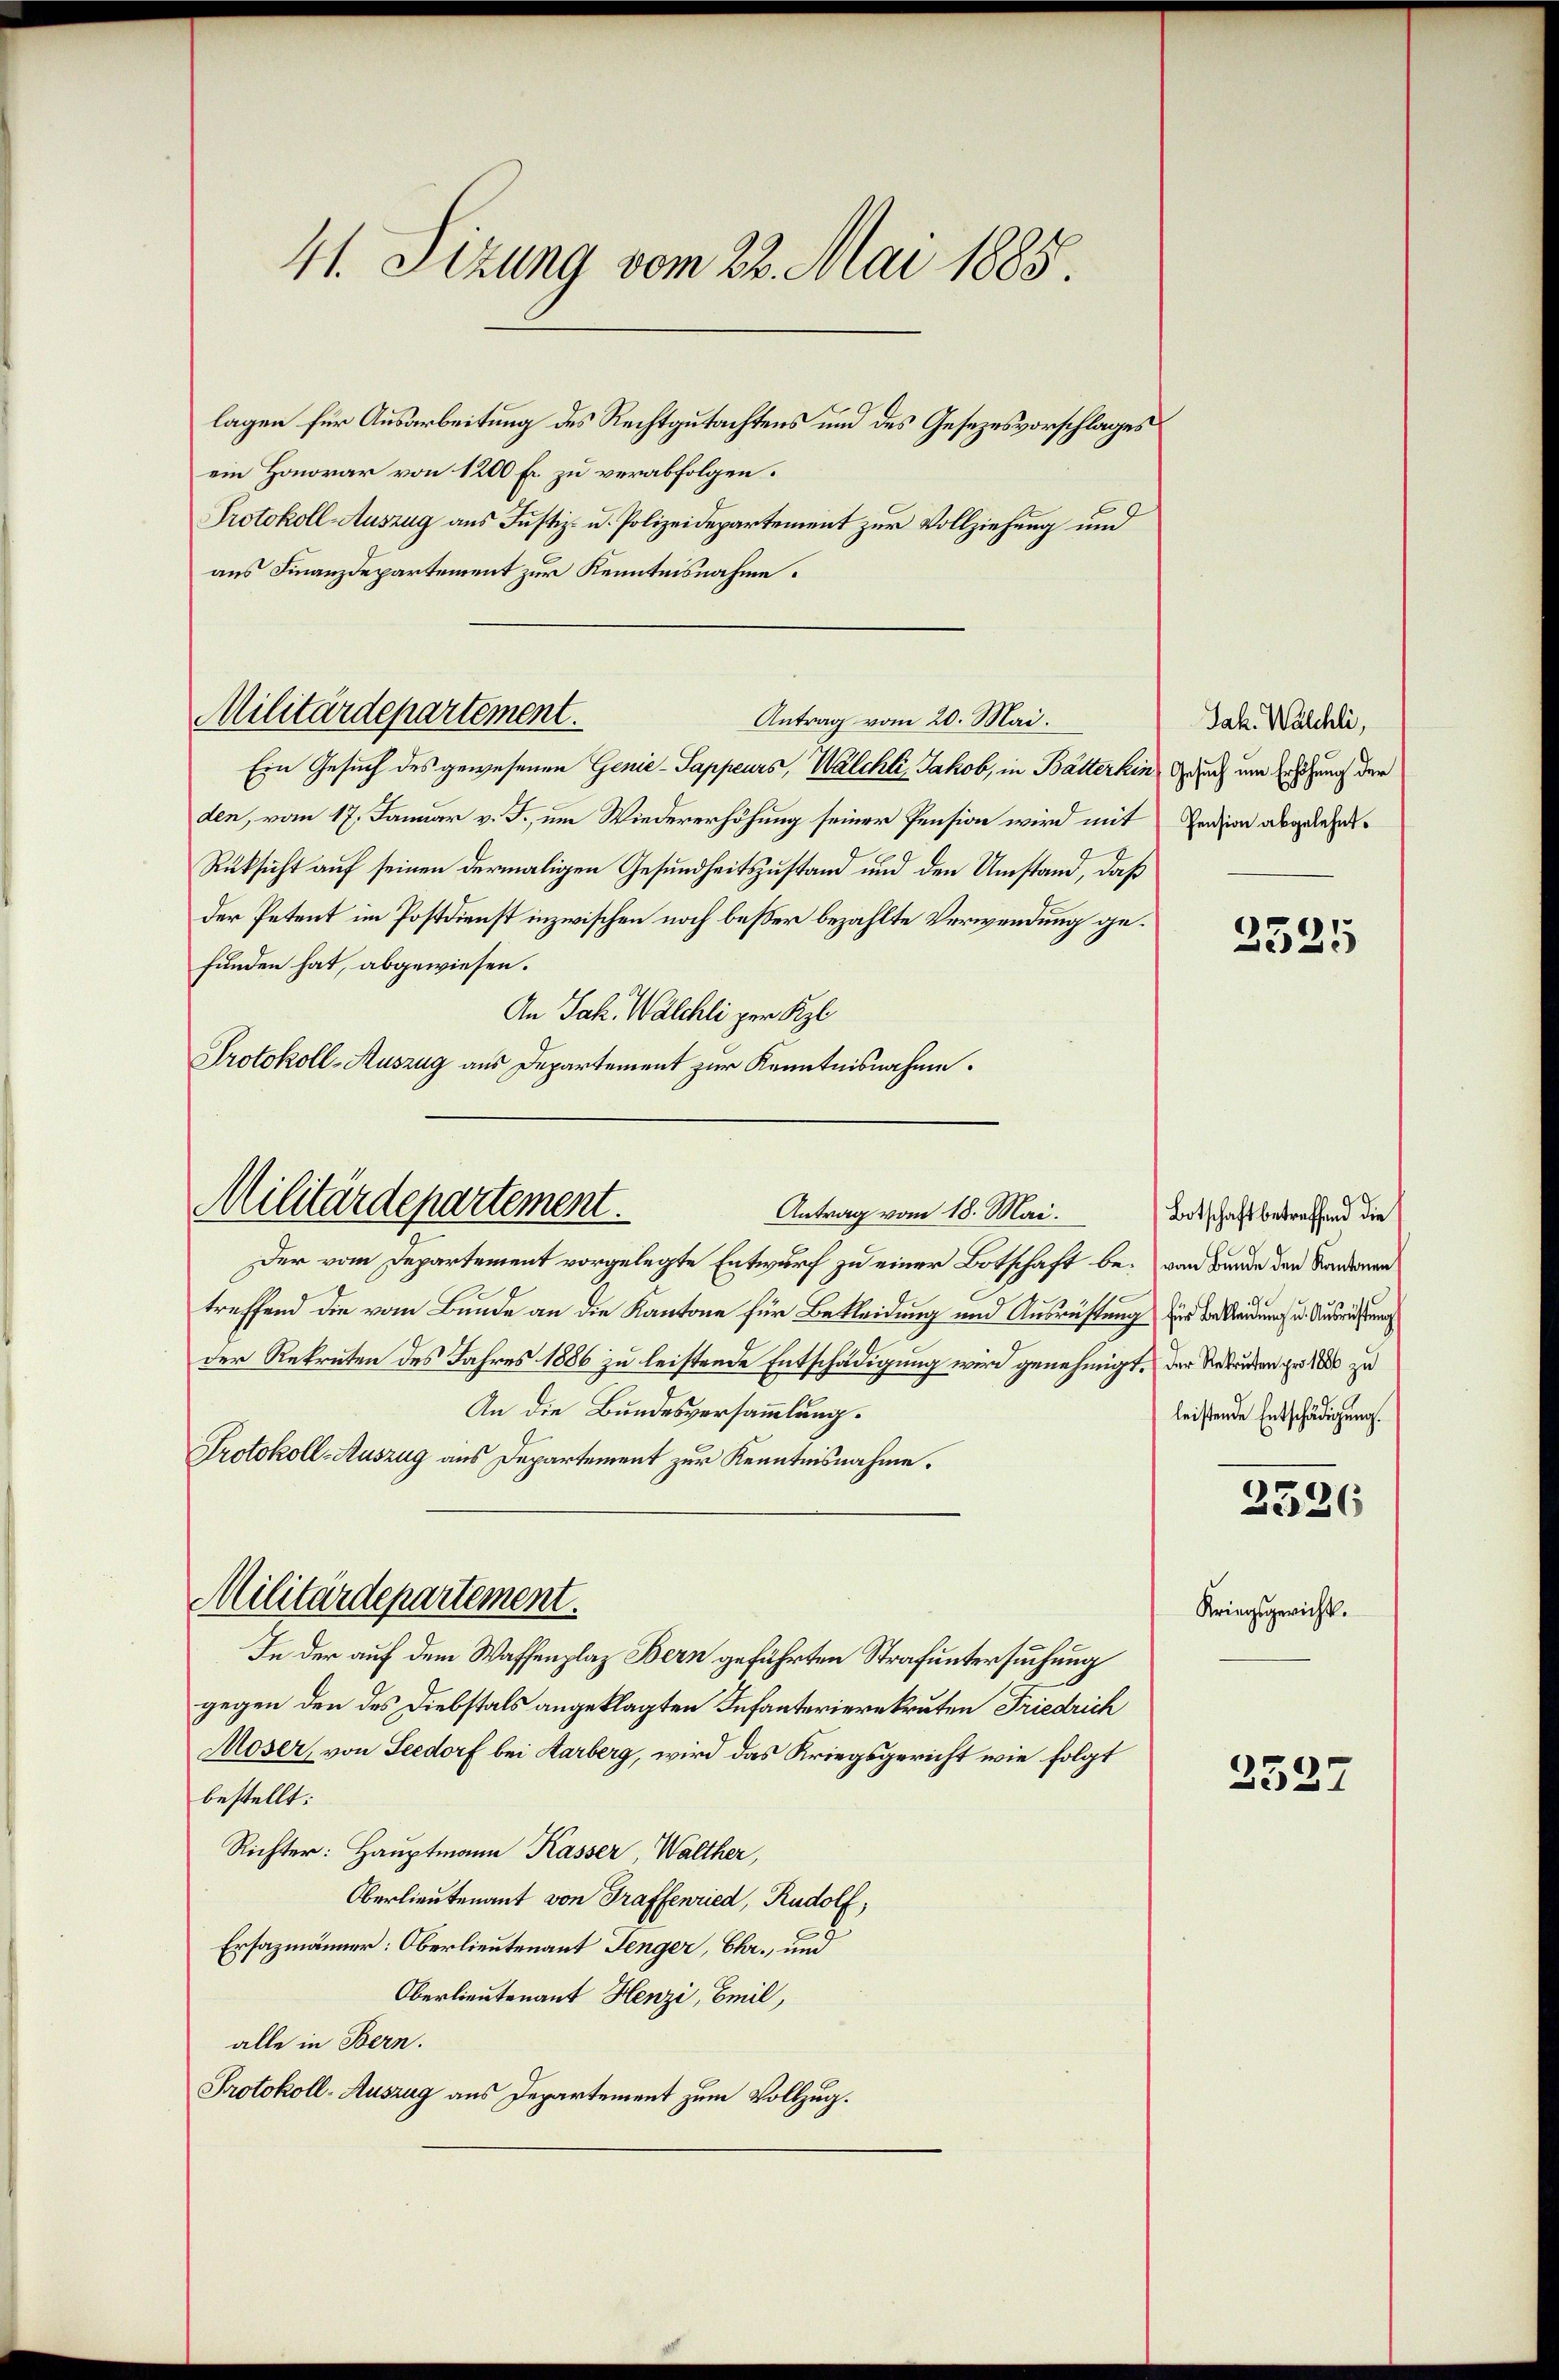
41. Sizung vom 22. Mai 1885.
lagen für Ausarbeitung des Rechtgutachtens und des Gesezesvorschlages
ein Honorar von 1200 fl zu verabfolgen.

Protokoll-Auszug aus Justiz- u. Polizeidepartement zur Vollziehung und
aus Finanzdepartement zur Kenntnisnahme.

Militärdepartement.
Antrag vom 20. Mai.

Ein Gesuch des gewesenen Genie-Sappeurs, Walchli, Jakob, in Batterhin Gesuch um Erhöhung der
den, vom 17. Januar v. J., um Wiedererhöhung seiner Pension wird mit Pension abgelehnt.
Rüksicht auf seinen dermaligen Gesundheitszustand und den Umstand, daß
der Petent im Postdienst inzwischen noch besser bezahlte Verwendung gefunden hat, abgewiesen.
An Jak. Walchli per Kl
Protokoll-Auszug aus Departement zur Kenntnisnahme.

Militärdepartement.
Antrag vom 18. Mai.

Protokoll-Auszug aus Departement zur Kenntnisnahme.
Militärdepartement.

Der vom Departement vorgelegte Entwurf zu einer Botschaft betreffend die vom Bunde an die Kantone für Bekleidung und Ausrüstung zur Bekladungen Ausrüstung
der Rekruten des Jahres 1886 zu leistende Entschädigung wird genehmigt, der Verbunden groß zu
An die Bundesversammlung.
In der auf dem Waffenplaz Bern geführten Strafuntersuchung
gegen den des Diebstals angeklagten Infanterierekruten Friedrich
Moser, von Seedorf bei Aarberg, wird das Kriegsgericht wie folgt
bestellt:
Richter: Hauptmann Kasser, Walther,
Oberlieutenant von Graffenried, Rudolf,
Ersazmänner: Oberlieutenant Fenger, Chr., und
Oberlieutenant Henzi, Emil,
alle in Bern.
Protokoll-Auszug aus Departement zum Vollzug.

Jak. Walchli,

Botschaft betreffend die
e
vom Bunde den Kantonen
leistende Entschädigung.

Kriegsgericht.

2325

2326

2527